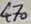
Text: 470